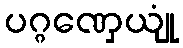
ပဂ္ဂဏှေယျုံ